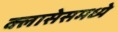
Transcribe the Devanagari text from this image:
क्लासेसमध्ये